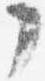
了